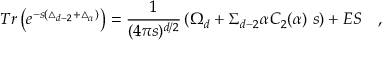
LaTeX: T r \left( e ^ { - s ( \triangle _ { d - 2 } + \triangle _ { \alpha } ) } \right) = { \frac { 1 } { ( 4 \pi s ) ^ { d / 2 } } } \left( \Omega _ { d } + \Sigma _ { d - 2 } \alpha C _ { 2 } ( \alpha ) ~ s \right) + E S ~ ~ ~ ,